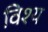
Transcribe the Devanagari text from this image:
विश्य